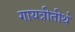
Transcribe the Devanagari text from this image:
गायत्रीतीर्थ